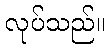
လုပ်သည်။